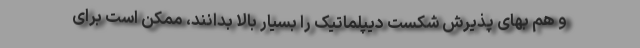
و هم بهای پذیرش شکست دیپلماتیک را بسیار بالا بدانند، ممکن است برای